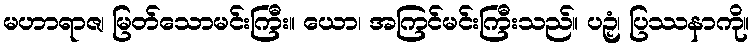
မဟာရာဇ၊ မြတ်သောမင်းကြီး။ ယော၊ အကြင်မင်းကြီးသည်။ ပဉှံ၊ ပြဿနာကို။